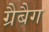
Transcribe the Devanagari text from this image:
ग्रैबैग